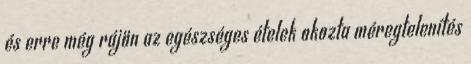
és erre még rájön az egészséges ételek okozta méregtelenítés